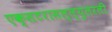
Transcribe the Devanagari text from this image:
एक्सटरासल्ल्युलरली